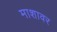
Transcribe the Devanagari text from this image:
माशावर